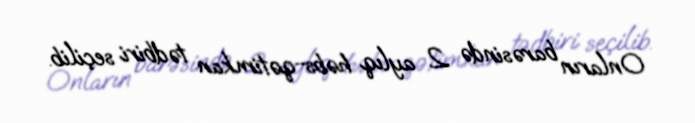
Onların barəsində 2 aylıq həbs-qətimkan tədbiri seçilib.